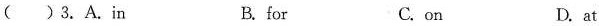
( )3.A.in B.for C. on D.at